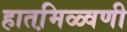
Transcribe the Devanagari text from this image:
हातमि़ळ्वणी